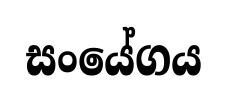
සංයේගය